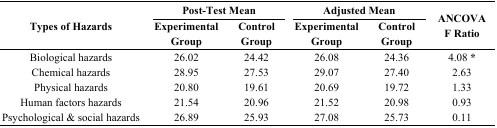
<table><thead><tr><td rowspan="2"><b>Types of Hazards</b></td><td colspan="2"><b>Post-Test Mean</b></td><td colspan="2"><b>Adjusted Mean</b></td><td rowspan="2"><b>ANCOVAF Ratio</b></td></tr><tr><td><b>Experimental Group</b></td><td><b>Control Group</b></td><td><b>Experimental Group</b></td><td><b>Control Group</b></td></tr></thead><tbody><tr><td>Biological hazards</td><td>26.02</td><td>24.42</td><td>26.08</td><td>24.36</td><td>4.08 *</td></tr><tr><td>Chemical hazards</td><td>28.95</td><td>27.53</td><td>29.07</td><td>27.40</td><td>2.63</td></tr><tr><td>Physical hazards</td><td>20.80</td><td>19.61</td><td>20.69</td><td>19.72</td><td>1.33</td></tr><tr><td>Human factors hazards</td><td>21.54</td><td>20.96</td><td>21.52</td><td>20.98</td><td>0.93</td></tr><tr><td>Psychological &amp; social hazards</td><td>26.89</td><td>25.93</td><td>27.08</td><td>25.73</td><td>0.11</td></tr></tbody></table>